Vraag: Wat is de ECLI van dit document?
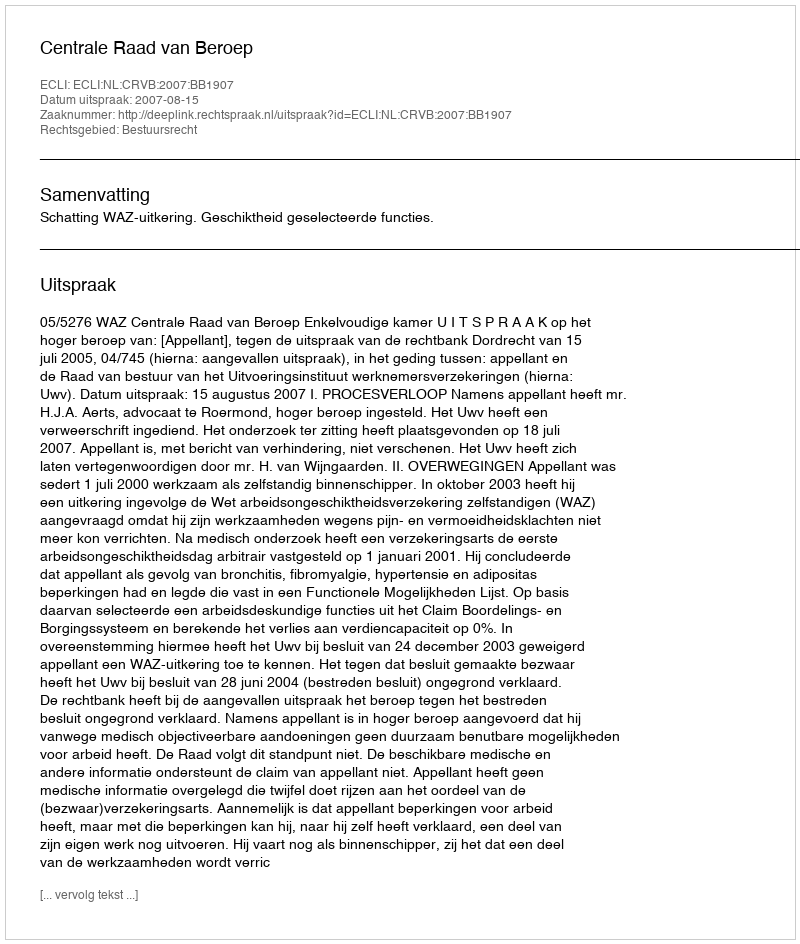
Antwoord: ECLI:NL:CRVB:2007:BB1907